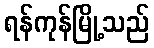
ရန်ကုန်မြို့သည်